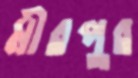
মীরপুর